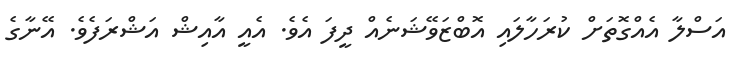
އަސްލާ އެއްގޮތަށް ކުރަހާލައި އޮބްޒަވޭޝަނެއް ދީފަ އެވެ. އެއީ އާއިޝް އަޝްރަފެވެ. އޭނާގެ